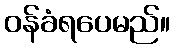
ဝန်ခံရပေမည်။